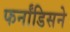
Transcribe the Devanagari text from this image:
फर्नांडिसने